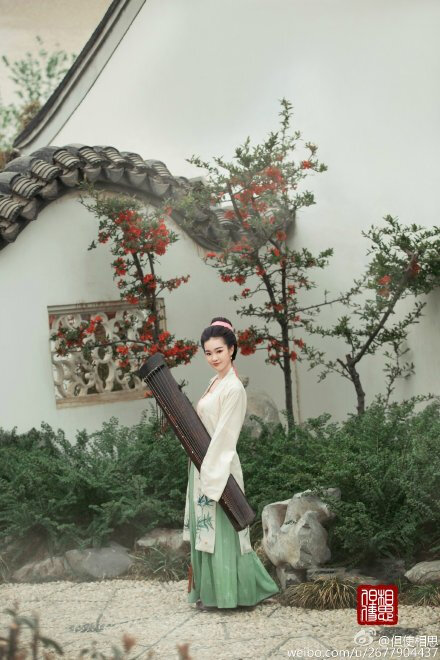
琴书倦，鹧鸪唤起南窗睡。